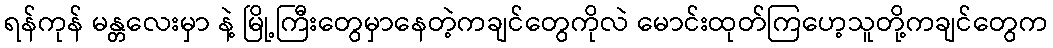
ရန်ကုန် မန္တလေးမှာ နဲ့ မြို့ကြီးတွေမှာနေတဲ့ကချင်တွေကိုလဲ မောင်းထုတ်ကြဟေ့သူတို့ကချင်တွေက